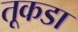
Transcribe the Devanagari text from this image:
तूकडा